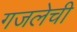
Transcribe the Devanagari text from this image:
गजलेची